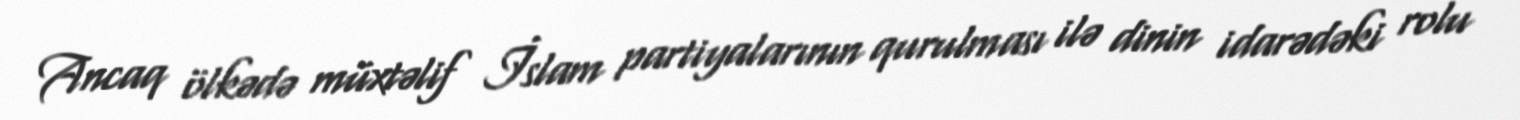
Ancaq ölkədə müxtəlif İslam partiyalarının qurulması ilə dinin idarədəki rolu